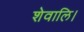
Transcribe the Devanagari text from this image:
शेवालि।